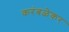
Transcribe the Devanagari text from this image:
करंबळेकर